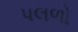
પલળો